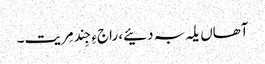
آھاں یلہ بہ دئیے، راجءِ جِند مِریت۔